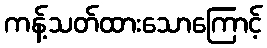
ကန့်သတ်ထားသောကြောင့်